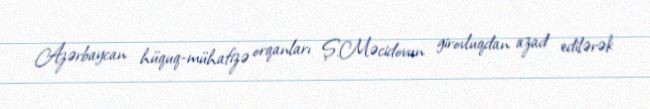
Azərbaycan hüquq-mühafizə orqanları Ş.Məcidovun girovluqdan azad edilərək